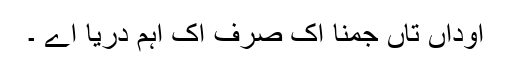
اوداں تاں جمنا اک صرف اک اہم دریا اے ۔